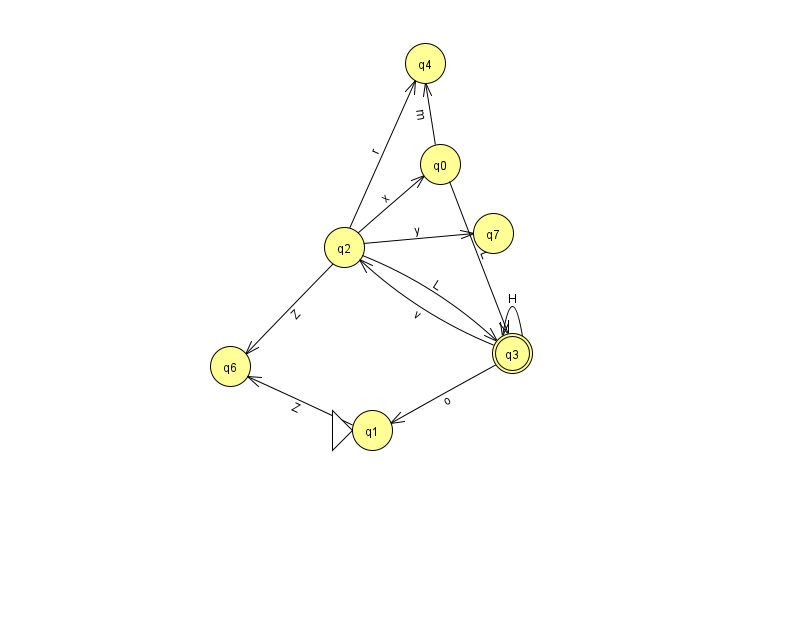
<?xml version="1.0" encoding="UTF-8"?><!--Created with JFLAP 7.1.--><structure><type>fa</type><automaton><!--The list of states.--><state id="0" name="q0"><x>440.0</x><y>151.0</y></state><state id="1" name="q1"><x>372.0</x><y>417.0</y><initial/></state><state id="2" name="q2"><x>344.0</x><y>234.0</y></state><state id="3" name="q3"><x>512.0</x><y>340.0</y><final/></state><state id="4" name="q4"><x>425.0</x><y>50.0</y></state><state id="6" name="q6"><x>230.0</x><y>353.0</y></state><state id="7" name="q7"><x>493.0</x><y>220.0</y></state><!--The list of transitions.--><transition><from>2</from><to>4</to><read>r</read></transition><transition><from>3</from><to>2</to><read>v</read></transition><transition><from>3</from><to>1</to><read>o</read></transition><transition><from>1</from><to>6</to><read>Z</read></transition><transition><from>2</from><to>7</to><read>y</read></transition><transition><from>3</from><to>3</to><read>H</read></transition><transition><from>2</from><to>0</to><read>x</read></transition><transition><from>0</from><to>3</to><read>L</read></transition><transition><from>2</from><to>3</to><read>L</read></transition><transition><from>2</from><to>6</to><read>Z</read></transition><transition><from>0</from><to>4</to><read>m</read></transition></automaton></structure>